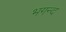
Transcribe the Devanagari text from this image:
भगन्द